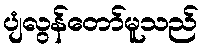
ပျံလွန်တော်မူသည်